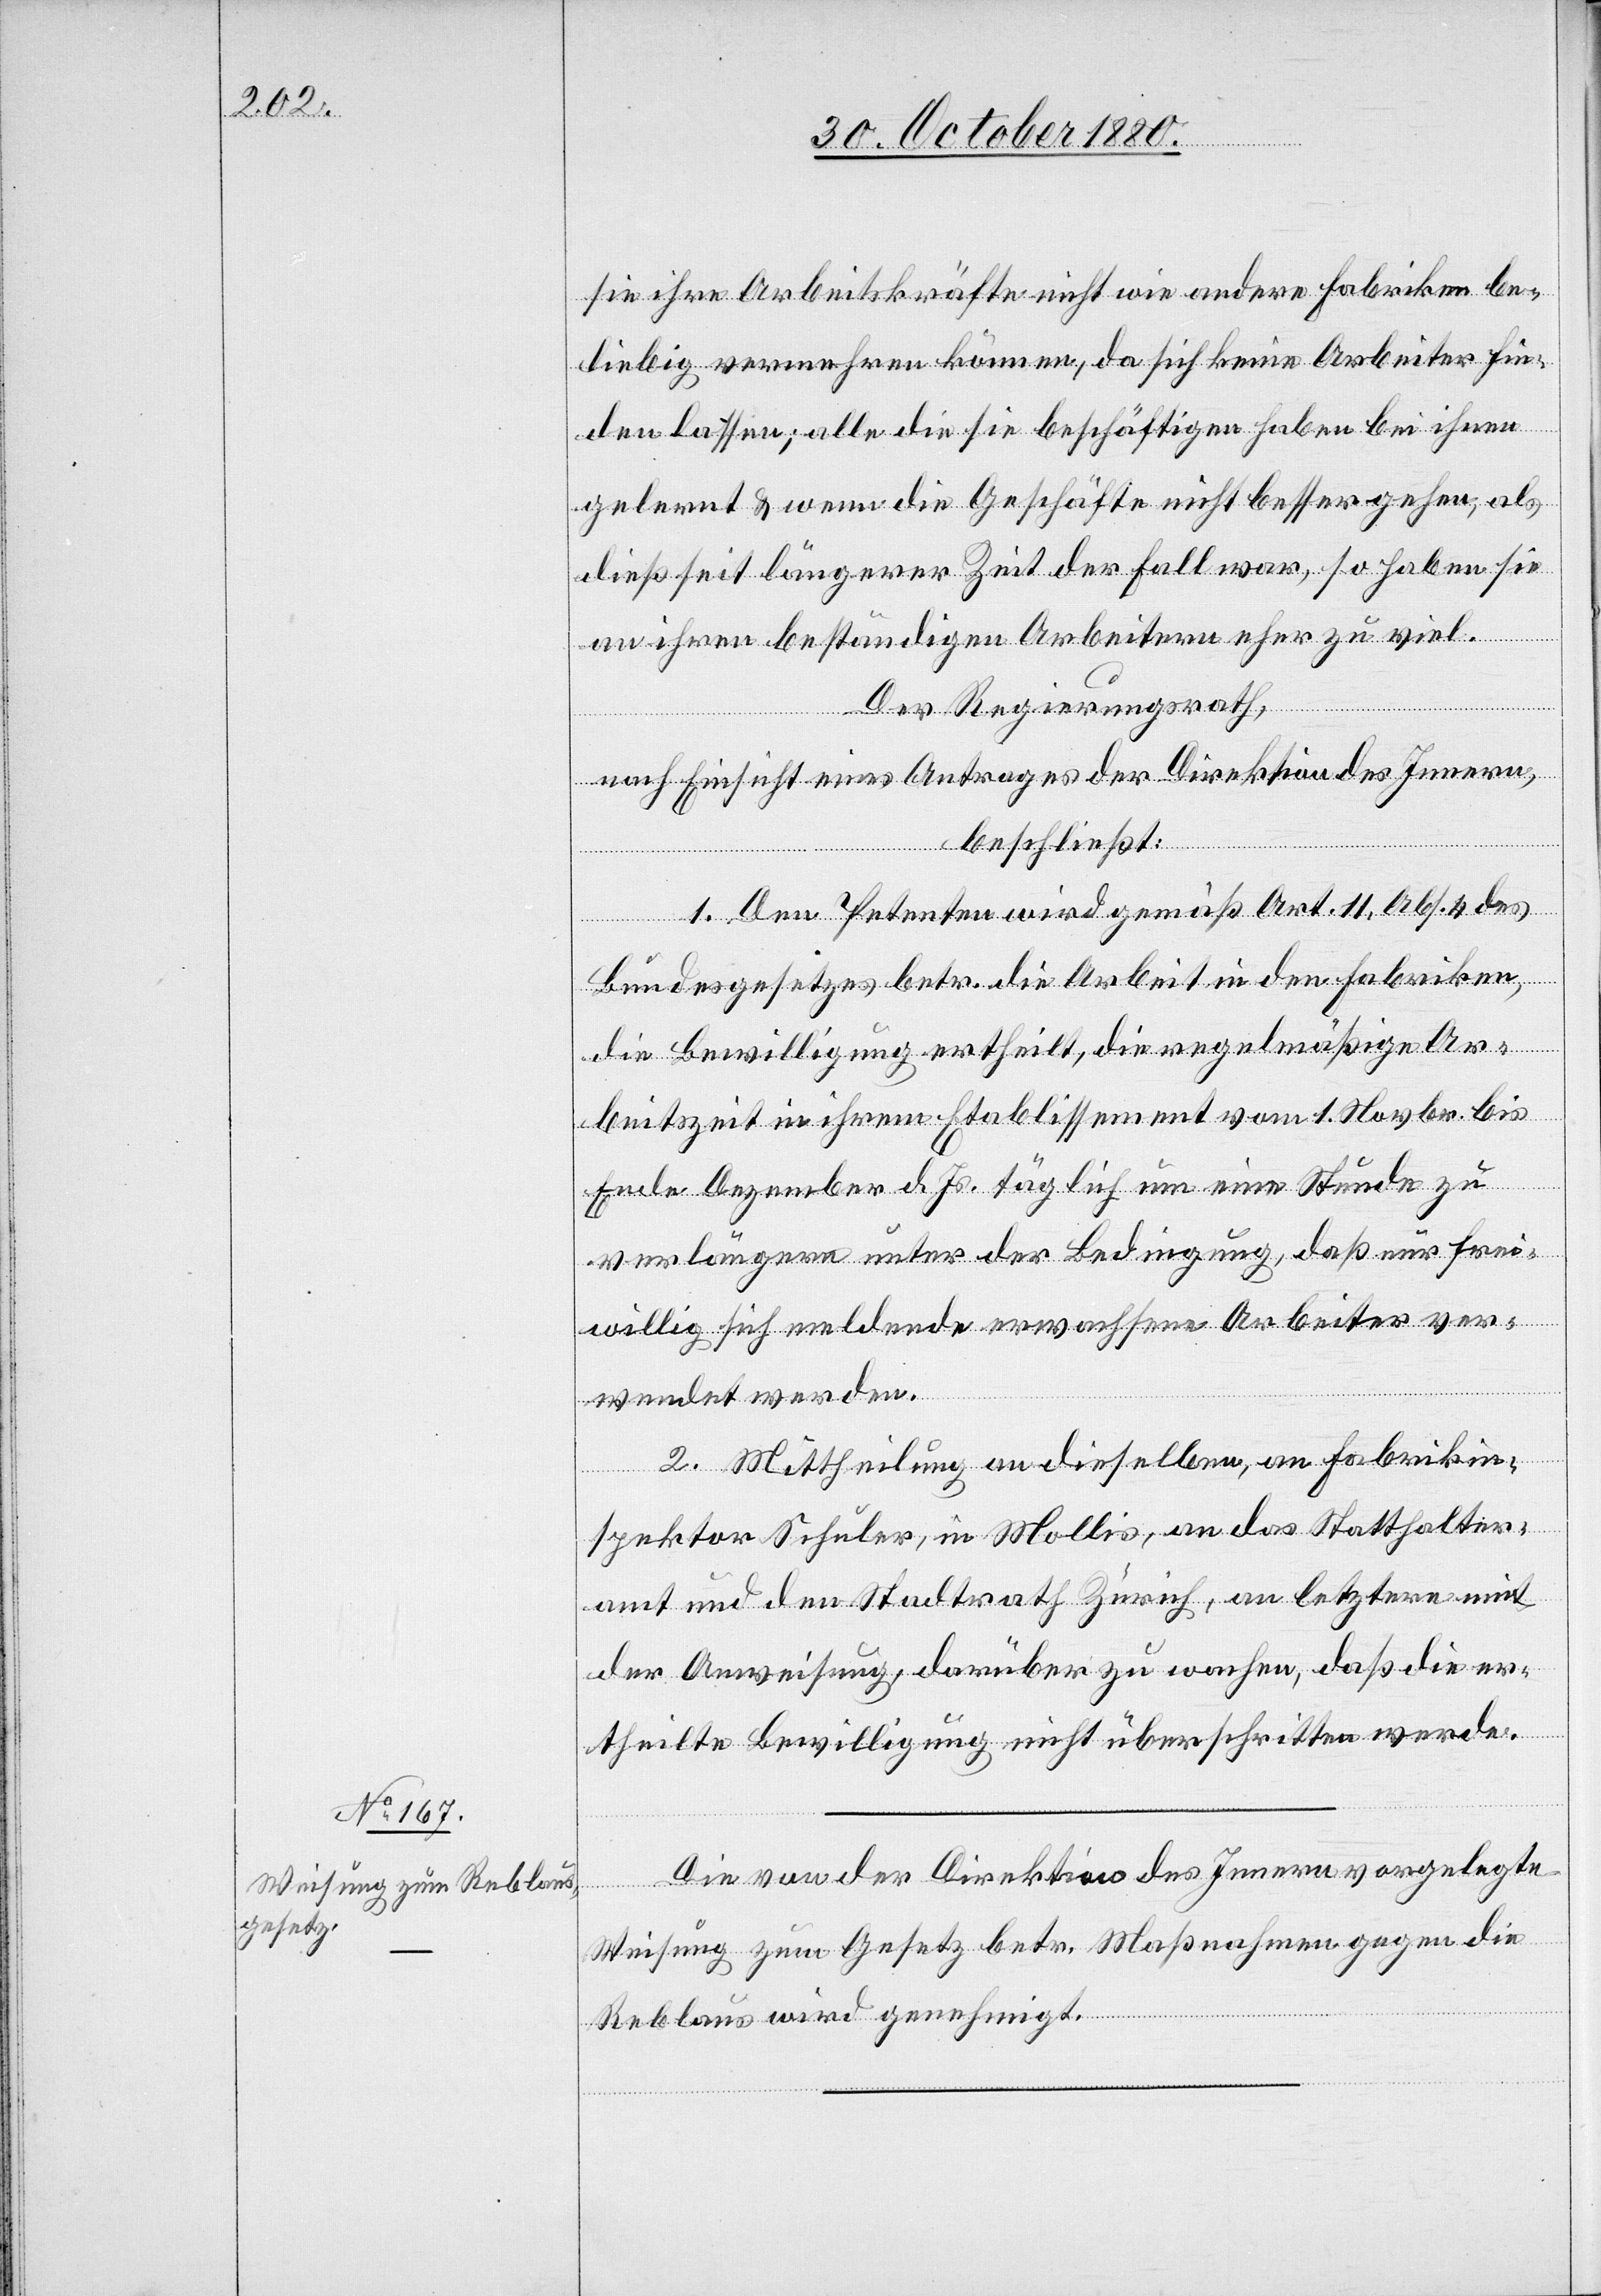
sie ihre Arbeitskräfte nicht wie andere Fabriken be¬
liebig vermehren können, da sich keine Arbeiter fin¬
den lassen; alle die sie beschäftigen haben bei ihnen
gelernt & wenn die Geschäfte nicht besser gehen, als
dieß seit längerer Zeit der Fall war, so haben sie
an ihren beständigen Arbeitern eher zu viel.
Der Regierungsrath,
nach Einsicht eines Antrages der Direktion des Innern,
beschließt:
1. Dem Petenten wird gemäß Art. 11, Abs. 4 des
Bundesgesetzes betr. die Arbeit in den Fabriken,
die Bewilligung ertheilt, die regelmäßige Ar¬
beitszeit in ihrem Etablissement vom 1. Novbr. bis
Ende Dezember d. Js. täglich um eine Stunde zu
verlängern unter der Bedingung, daß nur frei¬
willig sich meldende erwachsene Arbeiter ver¬
wendet werden.
2. Mittheilung an dieselben, an Fabrikin¬
spektor Schuler, in Mollis, an das Statthalter¬
amt und den Stadtrath Zürich, an letzteren mit
der Anweisung, darüber zu wachen, daß die er¬
theilte Bewilligung nicht überschritten werde.
Die von der Direktion des Innern vorgelegte
Weisung zum Gesetz betr. Maßnahmen gegen die
Reblaus wird genehmigt.